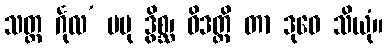
သတ္တ င်္ဂုလ’ မမု ဒွိစ္ဆ၊ ဝိဒတ္ထိ တာ ဒုဝေ သိယုံ။